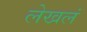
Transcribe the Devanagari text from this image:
लेखलं